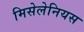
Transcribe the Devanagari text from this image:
मिसेलेनियस